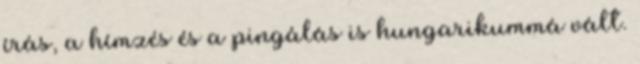
írás, a hímzés és a pingálás is hungarikummá vált.